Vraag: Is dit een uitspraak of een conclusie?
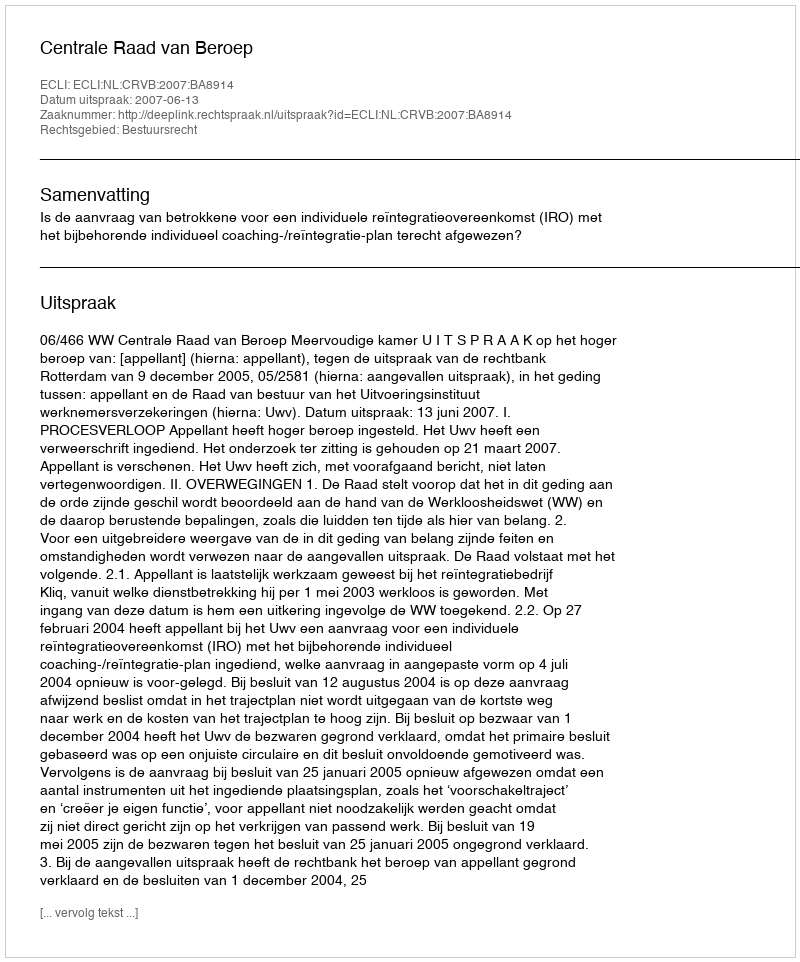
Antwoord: Uitspraak